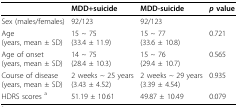
<table><thead><tr><td></td><td><b>MDD+suicide</b></td><td><b>MDD-suicide</b></td><td><b><i>p </i>value</b></td></tr></thead><tbody><tr><td>Sex (males/females)</td><td>92/123</td><td>92/123</td><td></td></tr><tr><td>Age(years, mean ± SD)</td><td>15 ~ 75(33.4 ± 11.9)</td><td>15 ~ 77(33.6 ± 10.8)</td><td>0.721</td></tr><tr><td>Age of onset(years, mean ± SD)</td><td>14 ~ 75(28.4 ± 10.3)</td><td>15 ~ 76(29.4 ± 10.7)</td><td>0.565</td></tr><tr><td>Course of disease(years, mean ± SD)</td><td>2 weeks ~ 25 years(3.43 ± 4.52)</td><td>2 weeks ~ 29 years(3.39 ± 4.54)</td><td>0.935</td></tr><tr><td>HDRS scores <sup>a</sup></td><td>51.19 ± 10.61</td><td>49.87 ± 10.49</td><td>0.079</td></tr></tbody></table>